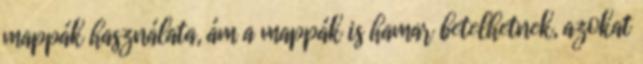
mappák használata, ám a mappák is hamar betelhetnek, azokat